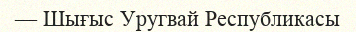
— Шығыс Уругвай Республикасы